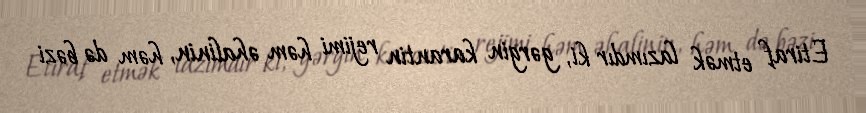
Etiraf etmək lazımdır ki, gərgin karantin rejimi həm əhalinin, həm də bəzi